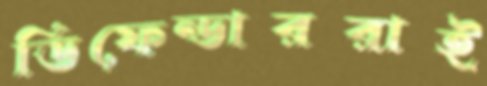
ডিফেন্ডাররাই